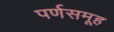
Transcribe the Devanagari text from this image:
पर्णसमूह